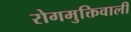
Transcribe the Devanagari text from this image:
रोगमुक्तिवाली